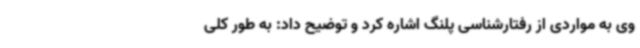
وی به مواردی از رفتارشناسی پلنگ اشاره کرد و توضیح داد: به طور کلی